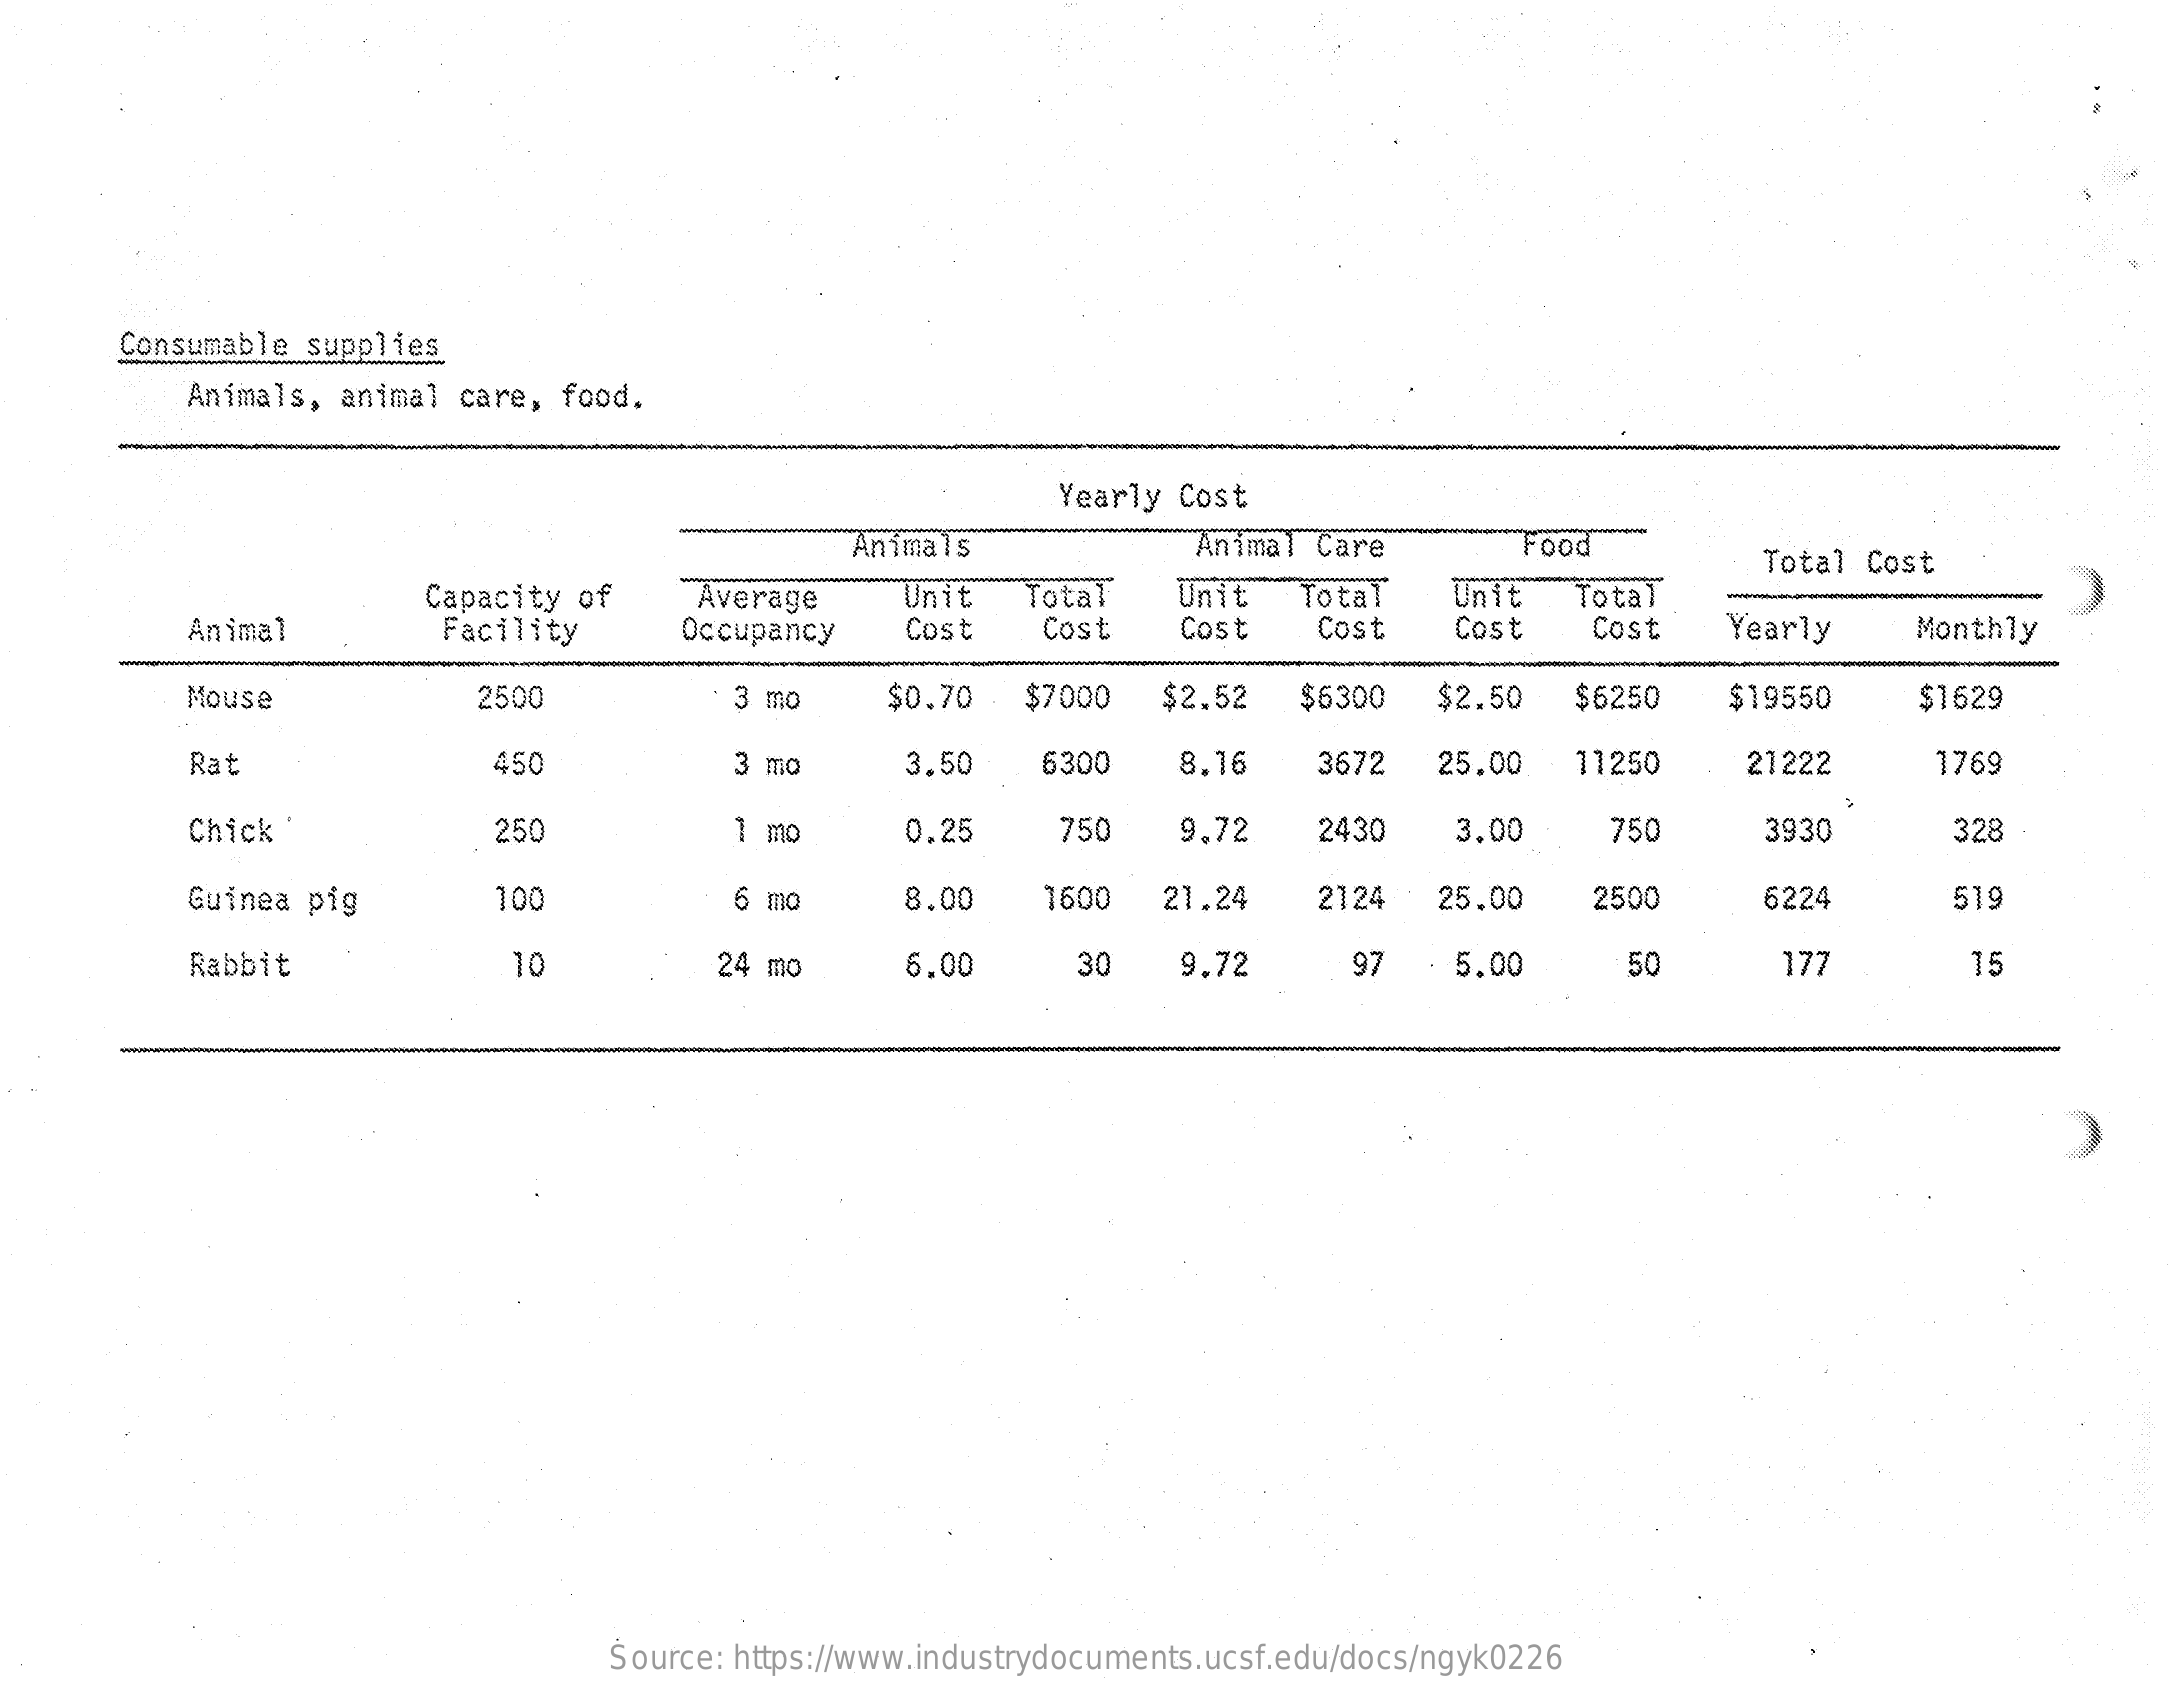
Consumable supplies
     Animals, animal care, food.
     Yearly Cost
     Animals    Animal Care Food
     Total Cost
     Capacity of Average Unit Total Unit Total Unit Total
     Animal  Facility Occupancy Cost Cost Cost Cost Cost Cost Yearly Monthly
     Mouse    2500    3 mo $0.70 $7000 $2.52 $6300 $2.50 $6250 $19550 $1629
     Rat    450    3 mo  3.50 6300 8.16 3672 25.00 11250 21222 1769
     Chick    250    1 mo  0.25 750 9.72 2430 3.00 750 3930  328
     Guinea pig 100    6 mo  8.00 1600 21.24 2124 25.00 2500 6224 519
     Rabbit    10    24 mo 6.00  30 9.72 97  5.00 50   177    15
     Source: https://www.industrydocuments.ucsf.edu/docs/ngyk0226